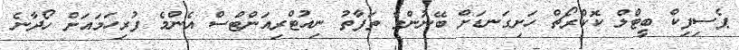
ޕެސިފިކް ބީޓްލް ކޮކްރޯޗް ހަށިގަނޑަށް ބޭނުންވާ ތަފާތު ނިއުޓްރިއަންޓްސް އެންމެ ފުރިހަމައަށް ހޯދާނެ